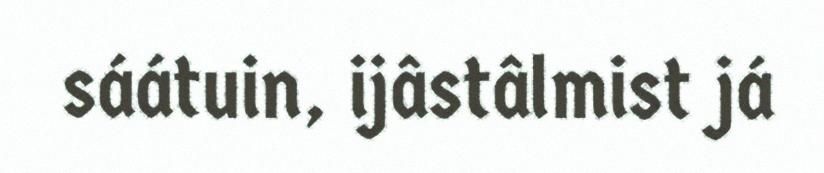
sáátuin, ijâstâlmist já